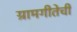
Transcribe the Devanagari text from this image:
ग्रामगीतेची